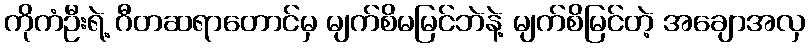
ကိုကံဦးရဲ့ ဂီတဆရာတောင်မှ မျက်စိမမြင်ဘဲနဲ့ မျက်စိမြင်တဲ့ အချောအလှ